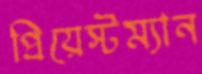
প্রিয়েস্টম্যান